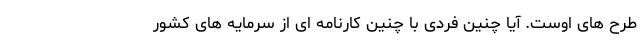
طرح های اوست. آیا چنین فردی با چنین کارنامه ای از سرمایه های کشور